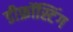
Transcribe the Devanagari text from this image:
डीफ्रॉस्टिंग